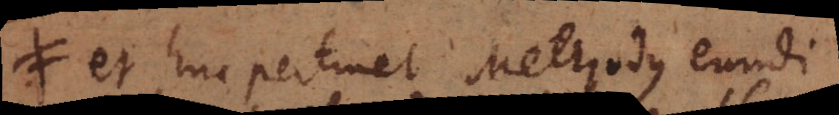
≠ et huc pertinet Methodus eundi